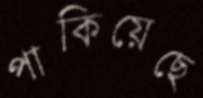
পাকিয়েছে